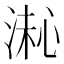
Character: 𪶚